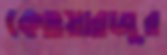
কেওয়ারজুর